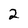
Character: 2